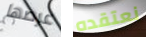
عرضها نعتقده